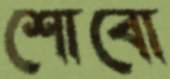
শোবো